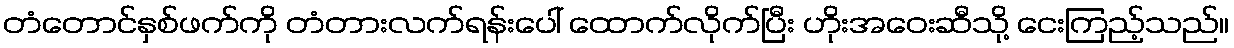
တံတောင်နှစ်ဖက်ကို တံတားလက်ရန်းပေါ် ထောက်လိုက်ပြီး ဟိုးအဝေးဆီသို့ ငေးကြည့်သည်။